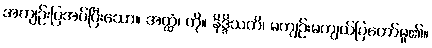
အကျဉ်းပြအပ်ပြီးသော။ အတ္ထံ၊ ကို။ နိဒ္ဒိသတိ၊ မကျဉ်းမကျယ်ပြတော်မူ၏။